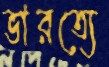
ভারত্যে